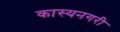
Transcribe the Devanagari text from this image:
कास्यनगरी